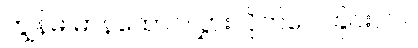
ကျွန်မ မာနထောင်လွှားလိုက်လေခြင်းပါပဲ။